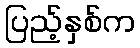
ပြည့်နှစ်က